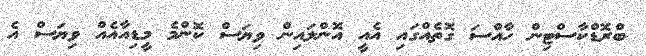
ބްރޮޑްކާސްޓިން ހާއްސަ ގޮތެއްގައި އެއީ އޮންލައިން ވިޔަސް ކޮންމެ މީޑިއާއެއް ވިޔަސް އެ